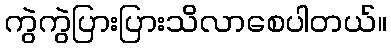
ကွဲကွဲပြားပြားသိလာစေပါတယ်။